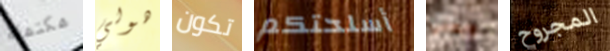
مكتملة هولي تكون أسلحتكم ويعني المجروح